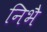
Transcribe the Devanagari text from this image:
निभै